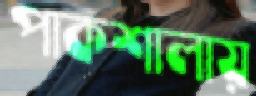
পাকশালায়